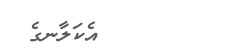
٢٥        އެކަލާނގެ